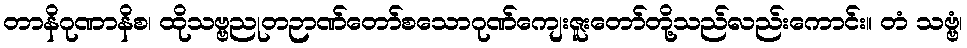
တာနိဂုဏာနိစ၊ ထိုသဗ္ဗညုတဉာဏ်တော်စသောဂုဏ်ကျေးဇူးတော်တို့သည်လည်းကောင်း။ တံ သဗ္ဗံ၊